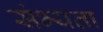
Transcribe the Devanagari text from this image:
संभ्यता